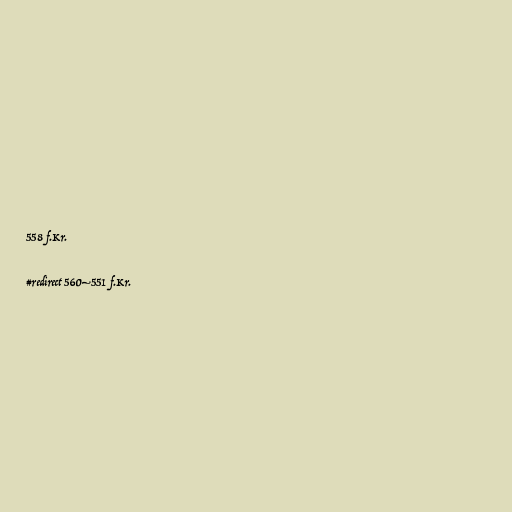
558 f.Kr.

#redirect 560–551 f.Kr.